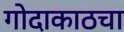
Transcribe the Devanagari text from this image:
गोदाकाठचा